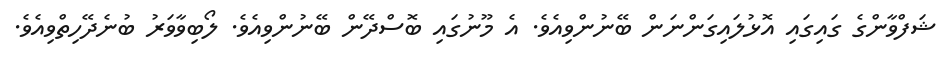
ޝަފްވާންގެ ގައިގައި އޮޅުލައިގަންނަން ބޭނުންވިއެވެ. އެ މޫނުގައި ބޮސްދޭން ބޭނުންވިއެވެ. ލޯބިވާވަރު ބުނެދޭހިތްވިއެވެ.